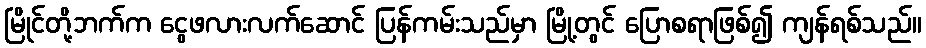
မြိုင်တို့ဘက်က ငွေဖလားလက်ဆောင် ပြန်ကမ်းသည်မှာ မြို့တွင် ပြောစရာဖြစ်၍ ကျန်ရစ်သည်။